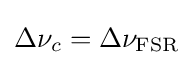
\Delta \nu _{c}=\Delta \nu _{\rm {FSR}}